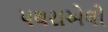
પથરાએલો